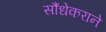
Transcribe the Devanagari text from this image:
सौंधेकराने